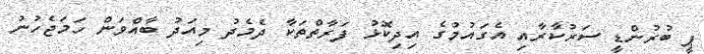
ޕީ ބުރުންޑީ ސަރުކާރާއި އެގައުމުގެ އިދިކޮޅު ފަރާތްތަކާ ދެމެދު މިއަދު ބާއްވަން ހަމަޖެހުނު